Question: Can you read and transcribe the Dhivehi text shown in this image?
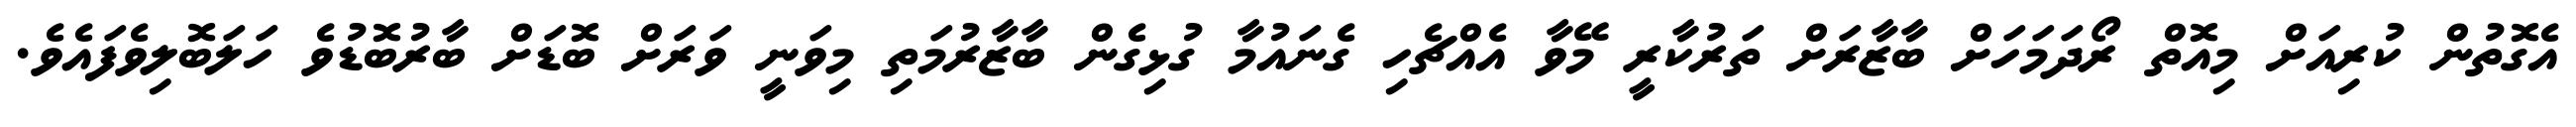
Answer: އެގޮތުން ކުރިއަށް މިއޮތް ރޯދަމަހަށް ބާޒާރަށް ތަރުކާރީ މޭވާ އެއްޗެހި ގެނައުމާ ގުޅިގެން ބާޒާރުމަތި މިވަނީ ވަރަށް ބޮޑަށް ބާރުބޮޑުވެ ހަލަބޮލިވެފައެވެ.